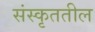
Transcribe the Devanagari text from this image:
संस्कृततील